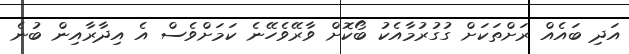
އަދި ބައެއް ރަށްތަކަށް ގުގުރުމާއެކު ބޯކޮށް ވާރޭވެހޭނެ ކަމަށްވެސް އެ އިދާރާއިން ބުނެ